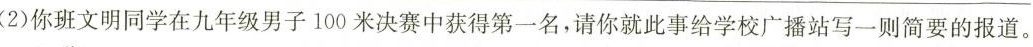
(2)你班文明同学在九年级男子100米决赛中获得第一名，请你就此事给学校广播站写一则简要的报道。